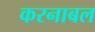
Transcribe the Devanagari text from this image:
करनाबल